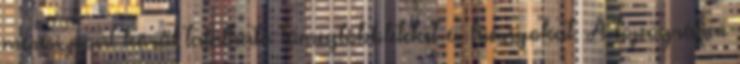
mérési pont körül található tömegtöbbleteket és hiányokat. A topográfiai